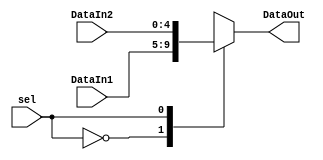
`timescale 1ns / 1ps

module mux2to1_5(
    input sel,
    input [4:0] DataIn1,
    input [4:0] DataIn2,
    output reg [4:0] DataOut
);
    always@(*) begin
    case(sel)
        1'b0: DataOut = DataIn1;
        1'b1: DataOut = DataIn2;
    endcase
end 
endmodule